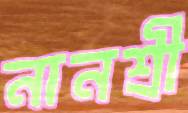
নানশ্রী